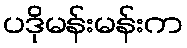
ပဒိုမန်းမန်းက